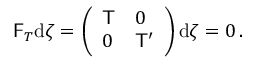
\begin{array} { r } { \mathsf { F } _ { T } \mathrm { d } \boldsymbol { \zeta } = \left( \begin{array} { l l } { \mathsf { T } } & { 0 } \\ { 0 } & { \mathsf { T } ^ { \prime } } \end{array} \right) \mathrm { d } \boldsymbol { \zeta } = 0 \, . } \end{array}